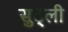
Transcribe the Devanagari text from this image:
सुट्ली